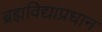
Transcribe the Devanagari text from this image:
ब्रह्मविद्याप्रधान